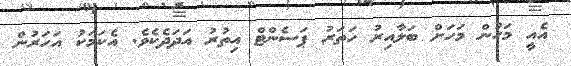
އެއީ މަހުން މަހަށް ބަލާއިރު ހަތަރު ޕަސެންޓް އިތުރު އަދަދެކެވެ. އެކަމަކު އަހަރުން